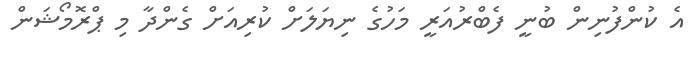
އެ ކުންފުނިން ބުނީ ފެބްރުއަރީ މަހުގެ ނިޔަލަށް ކުރިއަށް ގެންދާ މި ޕްރޮމޯޝަން